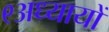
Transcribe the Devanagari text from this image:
९अध्यायों